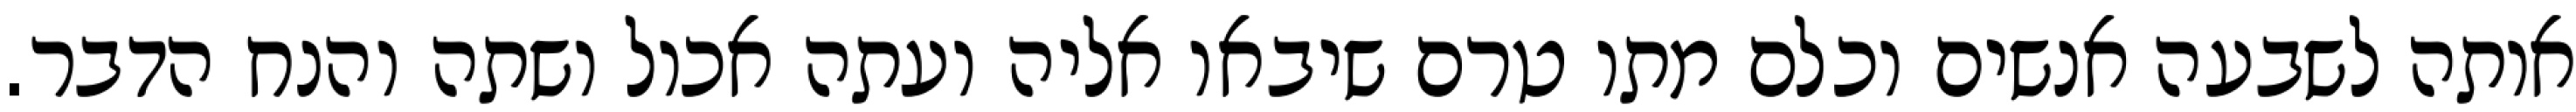
אותה לשבעה אנשים וכלם מתו טרם שיבאו אליה ועתה אכול ושתה והנח הדבר.